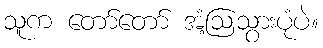
သူက တော်တော် အံ့ဩသွားပုံပဲ။